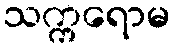
သက္ကရောမ